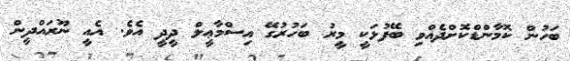
ބަހުން ކޮމާންޑްކޮށްދެއްވި ބޭފުޅަކީ މީރު ބަހުރުގޭ އިސްމާޢީލް ދީދީ އެވެ. އެއީ ނޫރައްދީން